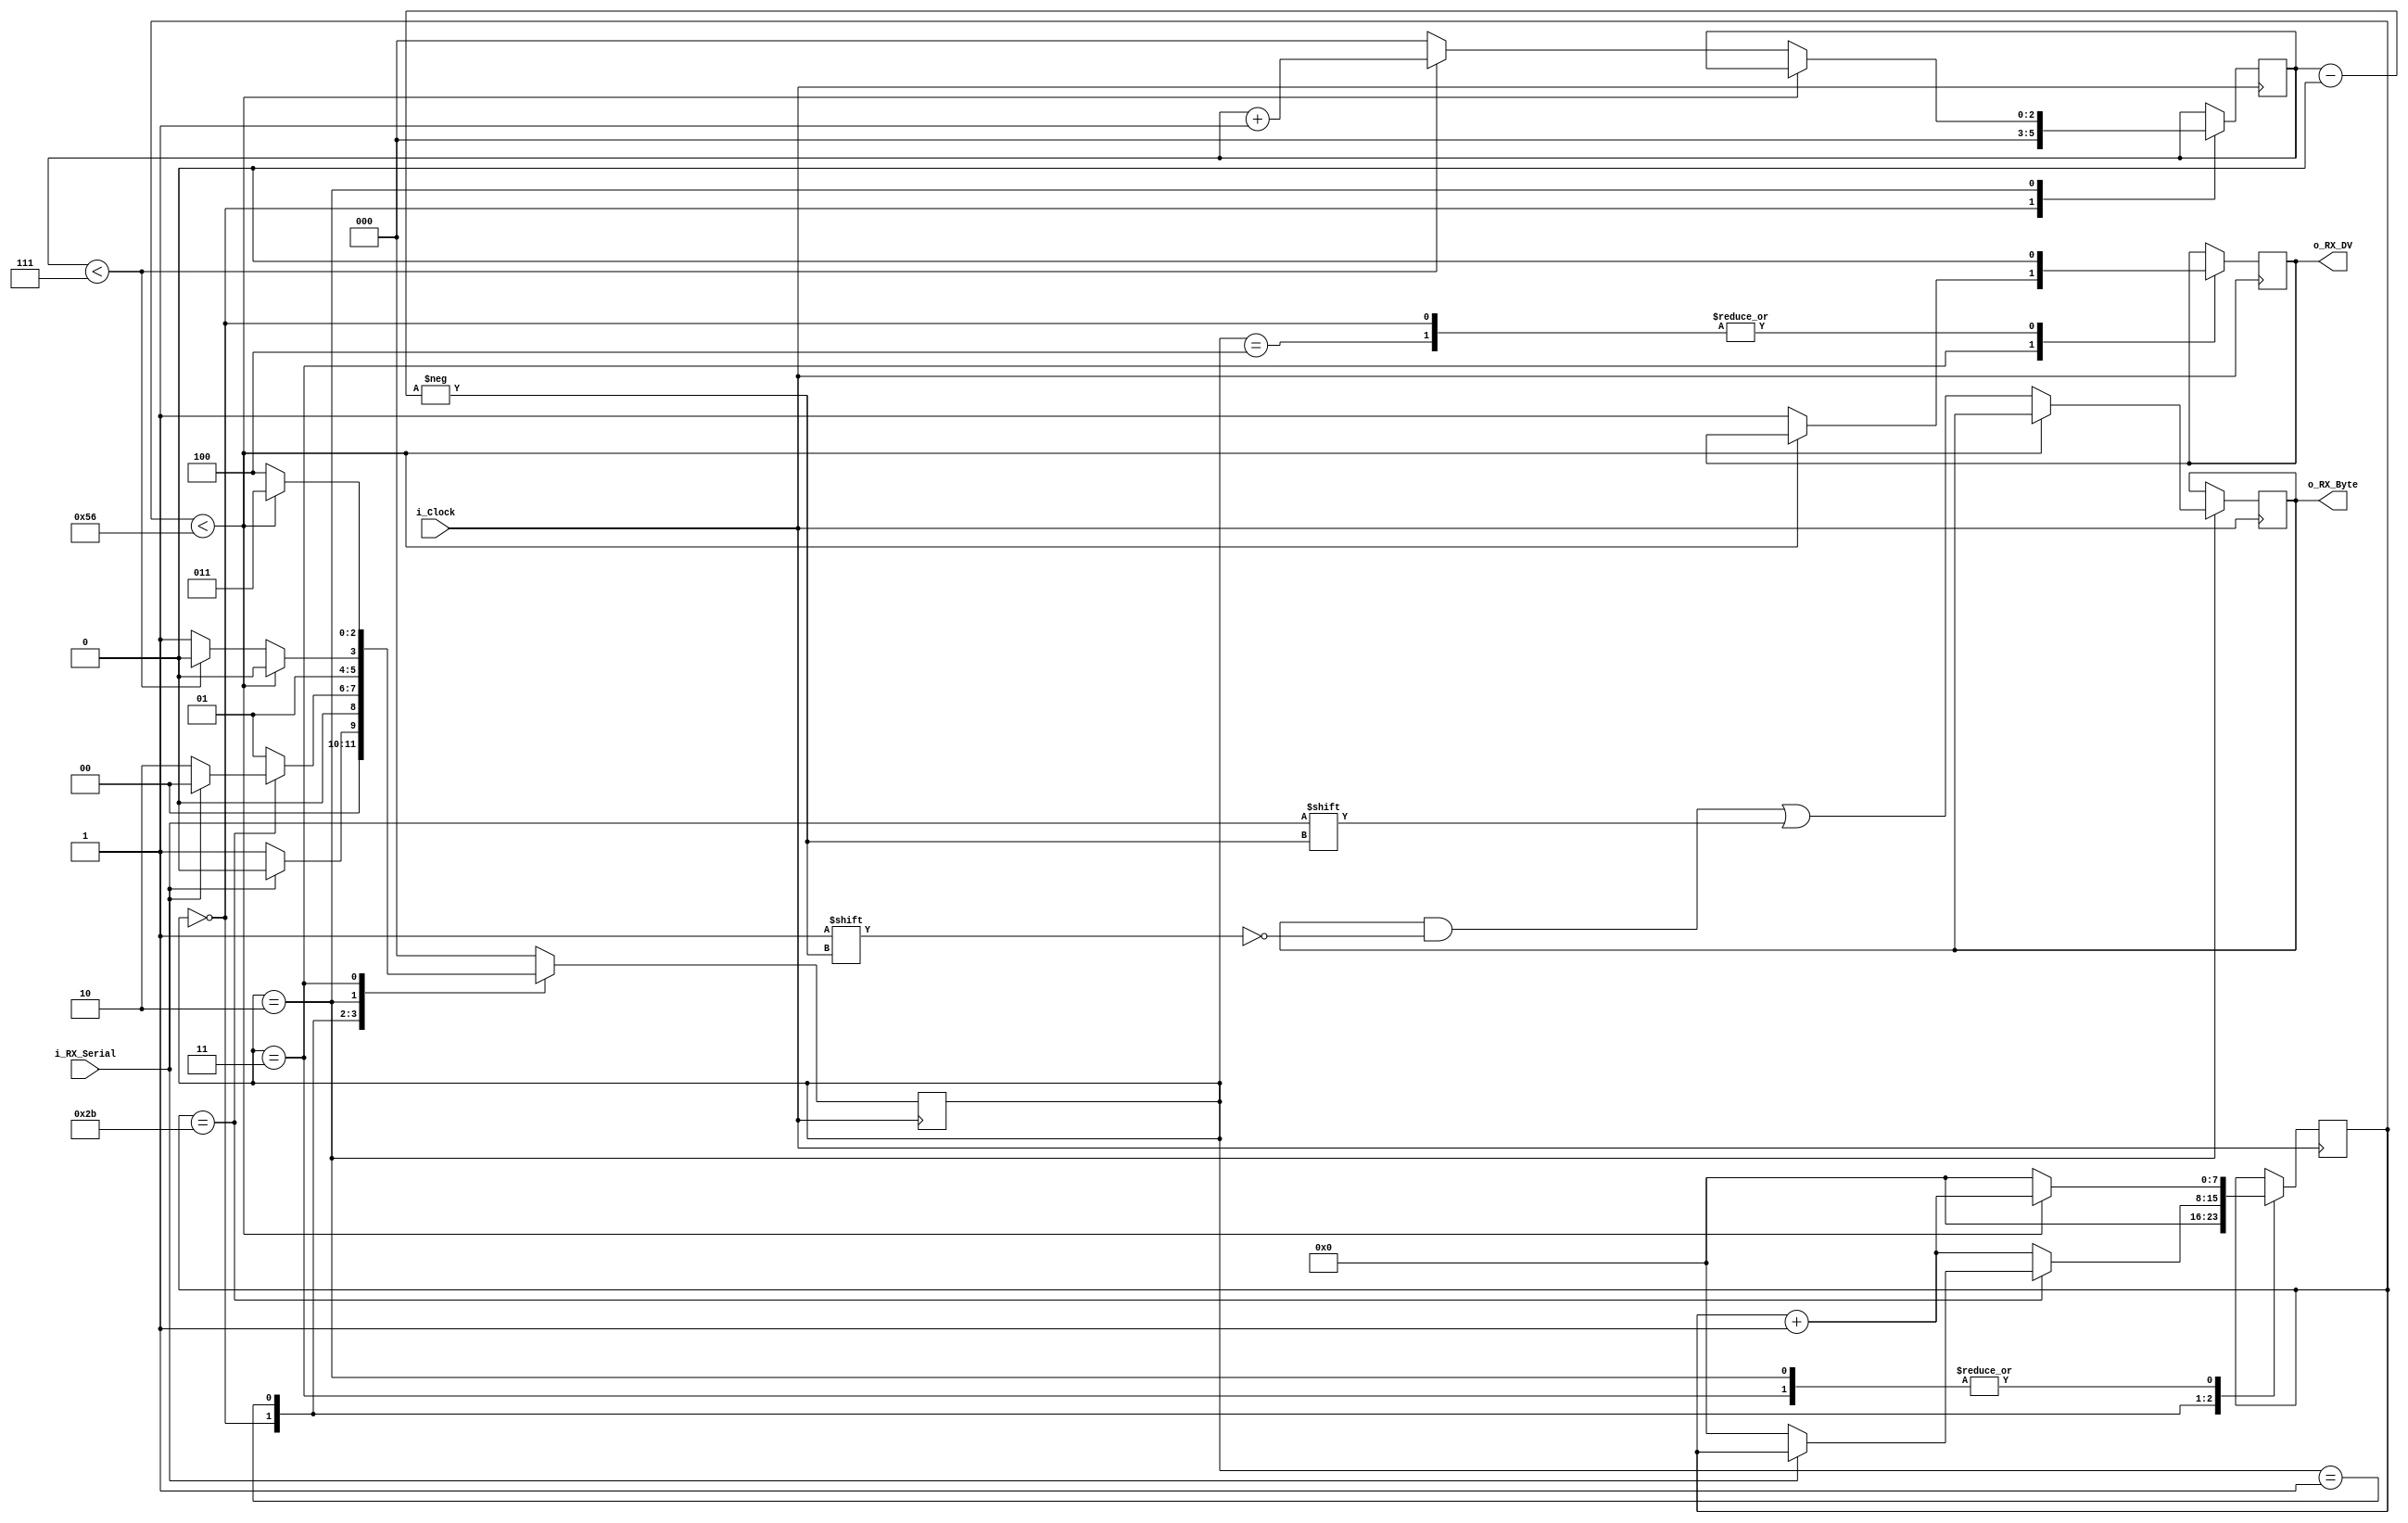
//The reciver is able to recieve 8 bits of data serially, with 1 stop bit, 1 start bit and there is no parity bit present.
//When the reciever completes recieving all the data o_rx_dv will be driven high representing transfer is complete and data is successfully recieved. 
//setting up CLKs_PER_BIT:
//CLKS_PER_BIT= frequency of i_clock/frequency of uart(baud rate)
//For 10 MHZ clock and 115200 of baud rate, the CLS_PER_BIT is 10 x 10 ^6/115200 = 87

`timescale 1ns/10ps
module UART_RX
  #(parameter CLKS_PER_BIT = 87)
  (
   input        i_Clock, //clock signal
   input        i_RX_Serial, //data that comes serially from the tx to rx
   output       o_RX_DV,//This signal is high for the clock cycle when the data is recived is recived successfully and this acts as a status bit
   output [7:0] o_RX_Byte//8 bit data as the output comes out in the parallel form from the rx_module
   );
     //intializing the parametres //s=states of the rx state machine and the numbering is done to represent that specfic state
   
  parameter IDLE         = 3'b000;
  parameter RX_START_BIT = 3'b001;
  parameter RX_DATA_BITS = 3'b010;
  parameter RX_STOP_BIT  = 3'b011;
  parameter CLEANUP      = 3'b100;
  //defining and intializing all the register(r) values
  reg [7:0] r_Clock_Count = 0;
  reg [2:0] r_Bit_Index   = 0; //8 bits total
  reg [7:0] r_RX_Byte     = 0;
  reg       r_RX_DV       = 0;
  reg [2:0] r_SM_Main     = 0;
  reg  R_RX_DATA_R  =1'b1;
  reg  R_RX_DATA  = 1'b1;
  
   always @ (posedge i_Clock)
    //at the rising edge of the clock 
    //data is recived serially
    begin 
      R_RX_DATA_R <=  i_RX_Serial;
      R_RX_DATA <=  R_RX_DATA_R ;
    end
  
  // A state machine for the reciver can be defined with the specfic states. And so r_sm_main is used which is intialized to 0 which is idle state of state machine.
  
  // Purpose: Control RX state machine
  always @(posedge i_Clock)
  begin
      //FSM state = 000
    case (r_SM_Main)
     //This is the current state of the fsm
      IDLE :
        begin
          r_RX_DV       <= 1'b0;   // this entity is zero as the data is not recived yet
          r_Clock_Count <= 0;  
          r_Bit_Index   <= 0; //idle state representation so these two entities are also zero.
          
          if (i_RX_Serial == 1'b0)     // Start bit detected
           //start bit is detected as these bit goes high to low after which the data bits appears
            r_SM_Main <= RX_START_BIT;
             //the Fsm goes to the next state
          else
            r_SM_Main <= IDLE;
             //the Fsm stays to same state
        end
        
        //FSM state = 001
      // Check middle of start bit to make sure it's still low
      RX_START_BIT :
      //CLKS_PER_BIT as counted previously is 87.
         // The 0 or 1 in data is detected when clock_count is greater then half of CLKS_PER_BIT
        begin
          if (r_Clock_Count == (CLKS_PER_BIT-1)/2)
          //the value comes out to be clock_count == 44
          begin
            if (i_RX_Serial == 1'b0)
             //this triggering condition is used to jump to next state
            begin
            //found in middle //shifting to next state
              r_Clock_Count <= 0;  
              r_SM_Main     <= RX_DATA_BITS;
            end
            else
              r_SM_Main <= IDLE;
              //jump directly to state = 000
              //executing outer loop
          end
          else
          begin
            r_Clock_Count <= r_Clock_Count + 1;
            //Here the clock count has yet not reached to half of CLKS_PER_BIT and so start_bit state jumps to itself state till the above condition is satisfied.
            r_SM_Main     <= RX_START_BIT;
            //stays on the same state till clock_count reaches CLK_PER_BITS==44.
          end
        end // case: RX_START_BIT
      
      //FSM = 010
      // Wait CLKS_PER_BIT-1 clock cycles to sample serial data
      RX_DATA_BITS :
        begin
        //waiting for clock_cycles == CLKS_PER_BIT -1 to sample all the serial data
          if (r_Clock_Count < CLKS_PER_BIT-1)
          // if r_clock_count < 86
          begin
            r_Clock_Count <= r_Clock_Count + 1;
            r_SM_Main     <= RX_DATA_BITS;
            //Stays on the same state till condition is met i.e clock_count = 86 
          end
          else
          begin
            r_Clock_Count          <= 0;
            r_RX_Byte[r_Bit_Index] <= i_RX_Serial;
            //The above state is used to check if all the bits are recieved.
            // Check if we have received all bits
            if (r_Bit_Index < 7)
            begin
            //if all the data is not recieved
              r_Bit_Index <= r_Bit_Index + 1;
              r_SM_Main   <= RX_DATA_BITS;
            end
            else
            begin
            //FSM stays on the same state till all the data is not recived.
              r_Bit_Index <= 0;
              r_SM_Main   <= RX_STOP_BIT;
            end
          end
        end // case: RX_DATA_BITS
      
      //FSM state = 011
      // Receive Stop bit.  Stop bit = 1
      RX_STOP_BIT :
        begin
         //wait for clock_cycles to reach CLKS_PER_BIT-1 for stopbit to finish
          // Wait CLKS_PER_BIT-1 clock cycles for Stop bit to finish
          if (r_Clock_Count < CLKS_PER_BIT-1)
          begin
            r_Clock_Count <= r_Clock_Count + 1;
     	    r_SM_Main     <= RX_STOP_BIT;
          end
          else
          begin
       	    r_RX_DV       <= 1'b1;
       	    //as all the data is successfully recived this bit will remain high for a clock cycle
            r_Clock_Count <= 0;
            r_SM_Main     <= CLEANUP;
          end
        end // case: RX_STOP_BIT
      
       //FSM state = 100
      // Stay here 1 clock
      CLEANUP :
        begin
          r_SM_Main <= IDLE;
          r_RX_DV   <= 1'b0;
           //Defining the cleanup state here the above command is 0 as all the data is recieved.
        end
      
       //defining the default state
      default :
        r_SM_Main <= IDLE;
      
    endcase
  end    
  
  assign o_RX_DV   = r_RX_DV;
  assign o_RX_Byte = r_RX_Byte;
  //hardwired connections of internal and external signals
  
endmodule // UART_RX